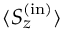
{ \langle S _ { z } ^ { \mathrm { ( \mathrm { i n } ) } } \rangle }